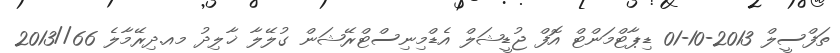
ތަފްސީލް 2013-10-01 ޑިޕާޓްމަންޓް އޮފް ޖުޑީޝަލް އެޑްމިނިސްޓްރޭޝަން ގުލޭލާ ޚާލިދު މއ.ދިރޭމާލެ 66//2013